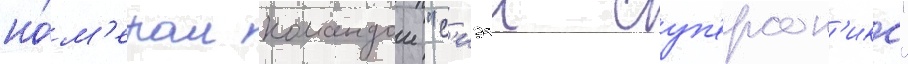
но́м'ером командои "с'иэтл суп'ерсон'икс"